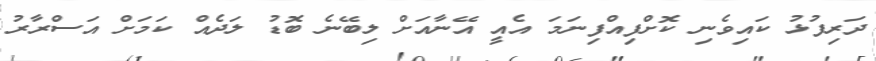
ދަރިފުޅު ކައިވެނި ކޮށްފިއްފިނަމަ އެއީ އޭނާއަށް ލިބޭނެ ބޮޑު ލަދެއް ކަމަށް އަސްރާރު